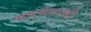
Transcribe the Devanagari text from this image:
भगवंताशी